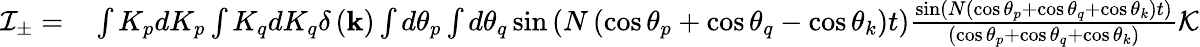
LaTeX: \begin{array}{rl}{\mathcal{I}_{\pm}=}&{{}\int K_{p}dK_{p}\int K_{q}dK_{q}\delta\left(\mathbf{k}\right)\int d\theta_{p}\int d\theta_{q}\sin\left(N\left(\cos\theta_{p}+\cos\theta_{q}-\cos\theta_{k}\right)t\right)\frac{\sin\left(N\left(\cos\theta_{p}+\cos\theta_{q}+\cos\theta_{k}\right)t\right)}{\left(\cos\theta_{p}+\cos\theta_{q}+\cos\theta_{k}\right)}\mathcal{K}}\end{array}